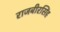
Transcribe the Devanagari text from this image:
राजबीरसिंह